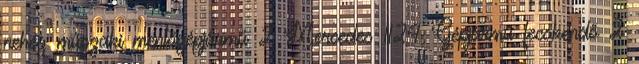
nehéz műszaki mentőgépjármű 2 Mercedes 1124 Gépjármű fecskendő 2